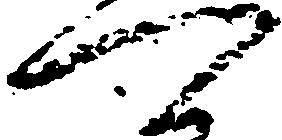
可